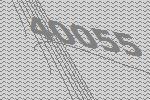
40055